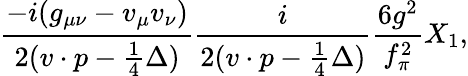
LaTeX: \frac{-i(g_{\mu\nu}-v_{\mu}v_{\nu})}{2(v\cdot p-\frac{1}{4}\Delta)}\frac{i}{2(v\cdot p-\frac{1}{4}\Delta)}\frac{6g^{2}}{f_{\pi}^{2}}X_{1},